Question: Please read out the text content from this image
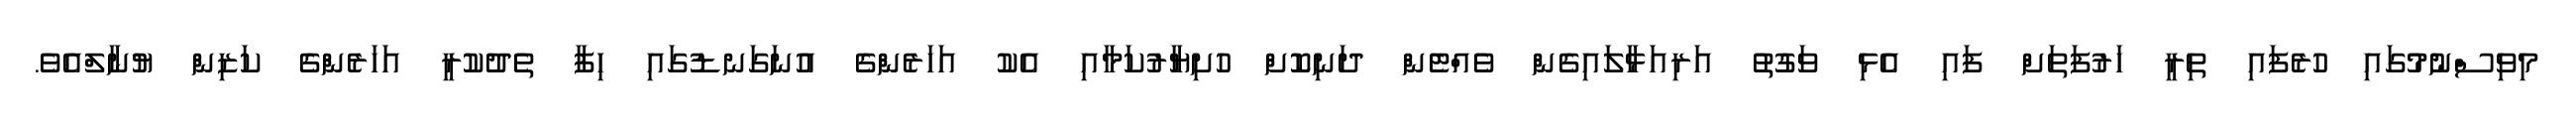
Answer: މިވިސްނުމުގައި ހުރެފައި ތިރީ ހަރުފަތަށް ފައި އެޅި ވަގުތު އަރިއަޅާލައިގެން ވެއްޓެން ދަނިކޮށް ހުށިޔާރުކަމާއި އެކު އަހަރެންގެ އުނަގަނޑުގައި ހިފާ ތެދުކުރީ އަހަރެންގެ ކަޒިން ޔުނާލްއެވެ.